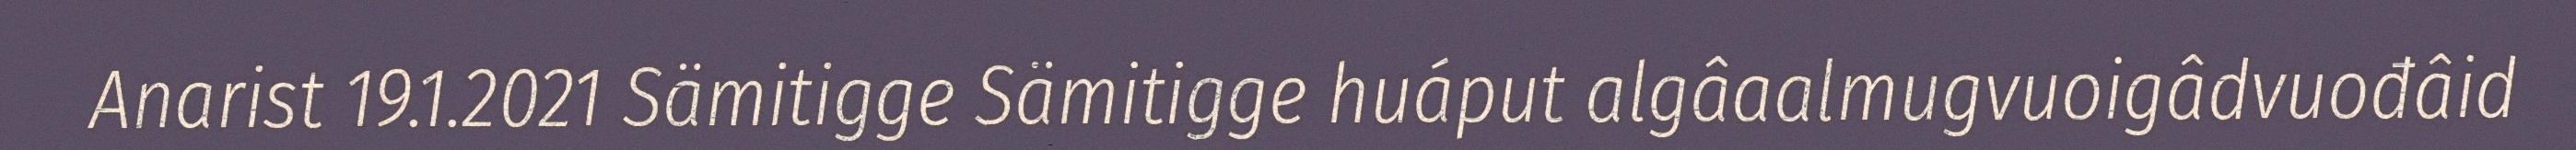
Anarist 19.1.2021 Sämitigge Sämitigge huáput algâaalmugvuoigâdvuođâid